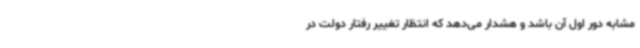
مشابه دور اول آن باشد و هشدار می‌دهد که انتظار تغییر رفتار دولت در